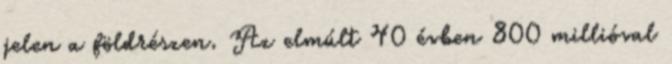
jelen a földrészen. Az elmúlt 40 évben 800 millióval